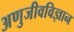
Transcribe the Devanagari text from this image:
अणुजीवविज्ञान